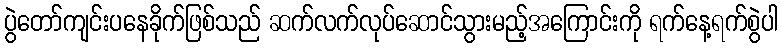
ပွဲတော်ကျင်းပနေခိုက်ဖြစ်သည် ဆက်လက်လုပ်ဆောင်သွားမည့်အကြောင်းကို ရက်နေ့ရက်စွဲပါ